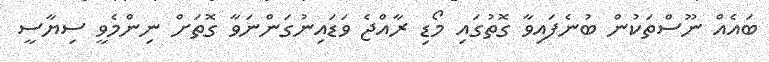
ބައެއް ނޫސްތަކުން ބުނެފައިވާ ގޮތުގައި މޯޑި ރާއްޖެ ވަޑައިނުގަންނަވާ ގޮތަށް ނިންމެވީ ސިޔާސީ